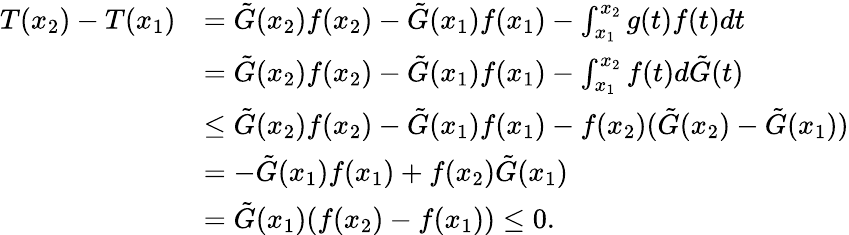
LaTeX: \begin{array}{rl}{T(x_{2})-T(x_{1})}&{=\tilde{G}(x_{2})f(x_{2})-\tilde{G}(x_{1})f(x_{1})-\int_{x_{1}}^{x_{2}}g(t)f(t)dt}\\ &{=\tilde{G}(x_{2})f(x_{2})-\tilde{G}(x_{1})f(x_{1})-\int_{x_{1}}^{x_{2}}f(t)d\tilde{G}(t)}\\ &{\leq\tilde{G}(x_{2})f(x_{2})-\tilde{G}(x_{1})f(x_{1})-f(x_{2})(\tilde{G}(x_{2})-\tilde{G}(x_{1}))}\\ &{=-\tilde{G}(x_{1})f(x_{1})+f(x_{2})\tilde{G}(x_{1})}\\ &{=\tilde{G}(x_{1})(f(x_{2})-f(x_{1}))\leq 0.}\end{array}